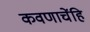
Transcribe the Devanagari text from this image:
कवणाचेंहि